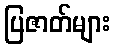
ပြဇာတ်များ